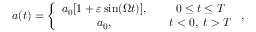
a ( t ) = \left\{ \begin{array} { c c } { { a _ { 0 } [ 1 + \varepsilon \sin ( \Omega t ) ] , } } & { { \quad 0 \leq t \leq T } } \\ { { a _ { 0 } , } } & { { \quad t < 0 , \; t > T } } \end{array} \right. ,